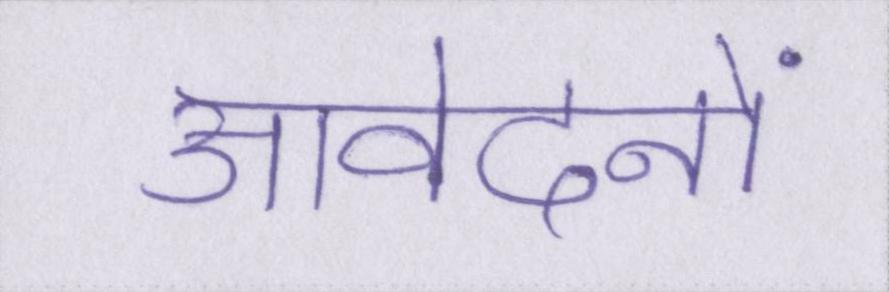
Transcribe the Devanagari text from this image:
आवेदनों